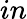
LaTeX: in